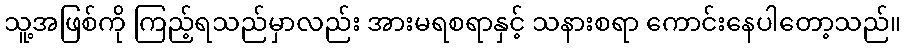
သူ့အဖြစ်ကို ကြည့်ရသည်မှာလည်း အားမရစရာနှင့် သနားစရာ ကောင်းနေပါတော့သည်။